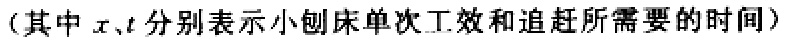
（其中 \(x、t\) 分别表示小刨床单次工效和追赶所需要的时间）